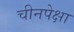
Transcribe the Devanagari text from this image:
चीनपेक्षा